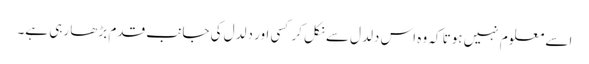
اسے معلوم نہیں ہوتا کہ وہ اس دلدل سے نکل کر کسی اور دلدل کی جانب قدم بڑھا رہی ہے۔